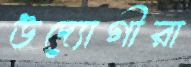
উদ্যোগীরা